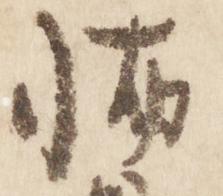
怖